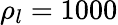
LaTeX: \rho_{l}=1000